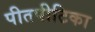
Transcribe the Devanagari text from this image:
पीतपीटिका